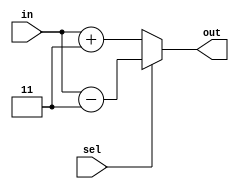
`timescale 1ns / 1ps
//////////////////////////////////////////////////////////////////////////////////
// Company: 
// Engineer: 
// 
// Design Name: 
// Module Name:    BCD_8421_BCD_3 
// Project Name: 
// Target Devices: 
// Tool versions: 
// Description: 
//
// Dependencies: 
//
// Revision: 
// Revision 0.01 - File Created
// Additional Comments: 
//
//////////////////////////////////////////////////////////////////////////////////
module BCD_8421_BCD_3(sel, in, out
    );//sel084213138421
	 input [3:0] in;
	 input sel;
	 output reg [3:0] out;
	 always @(*)
	 begin
		if(!sel)
			out = in + 4'b0011;
		else
			out = in - 4'b0011;
	 end


endmodule